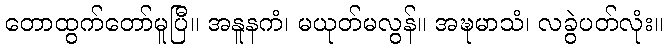
တောထွက်တော်မူပြီ။ အနူနကံ၊ မယုတ်မလွန်။ အဍ္ဎမာသံ၊ လခွဲပတ်လုံး။